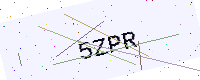
Text: 5ZPR